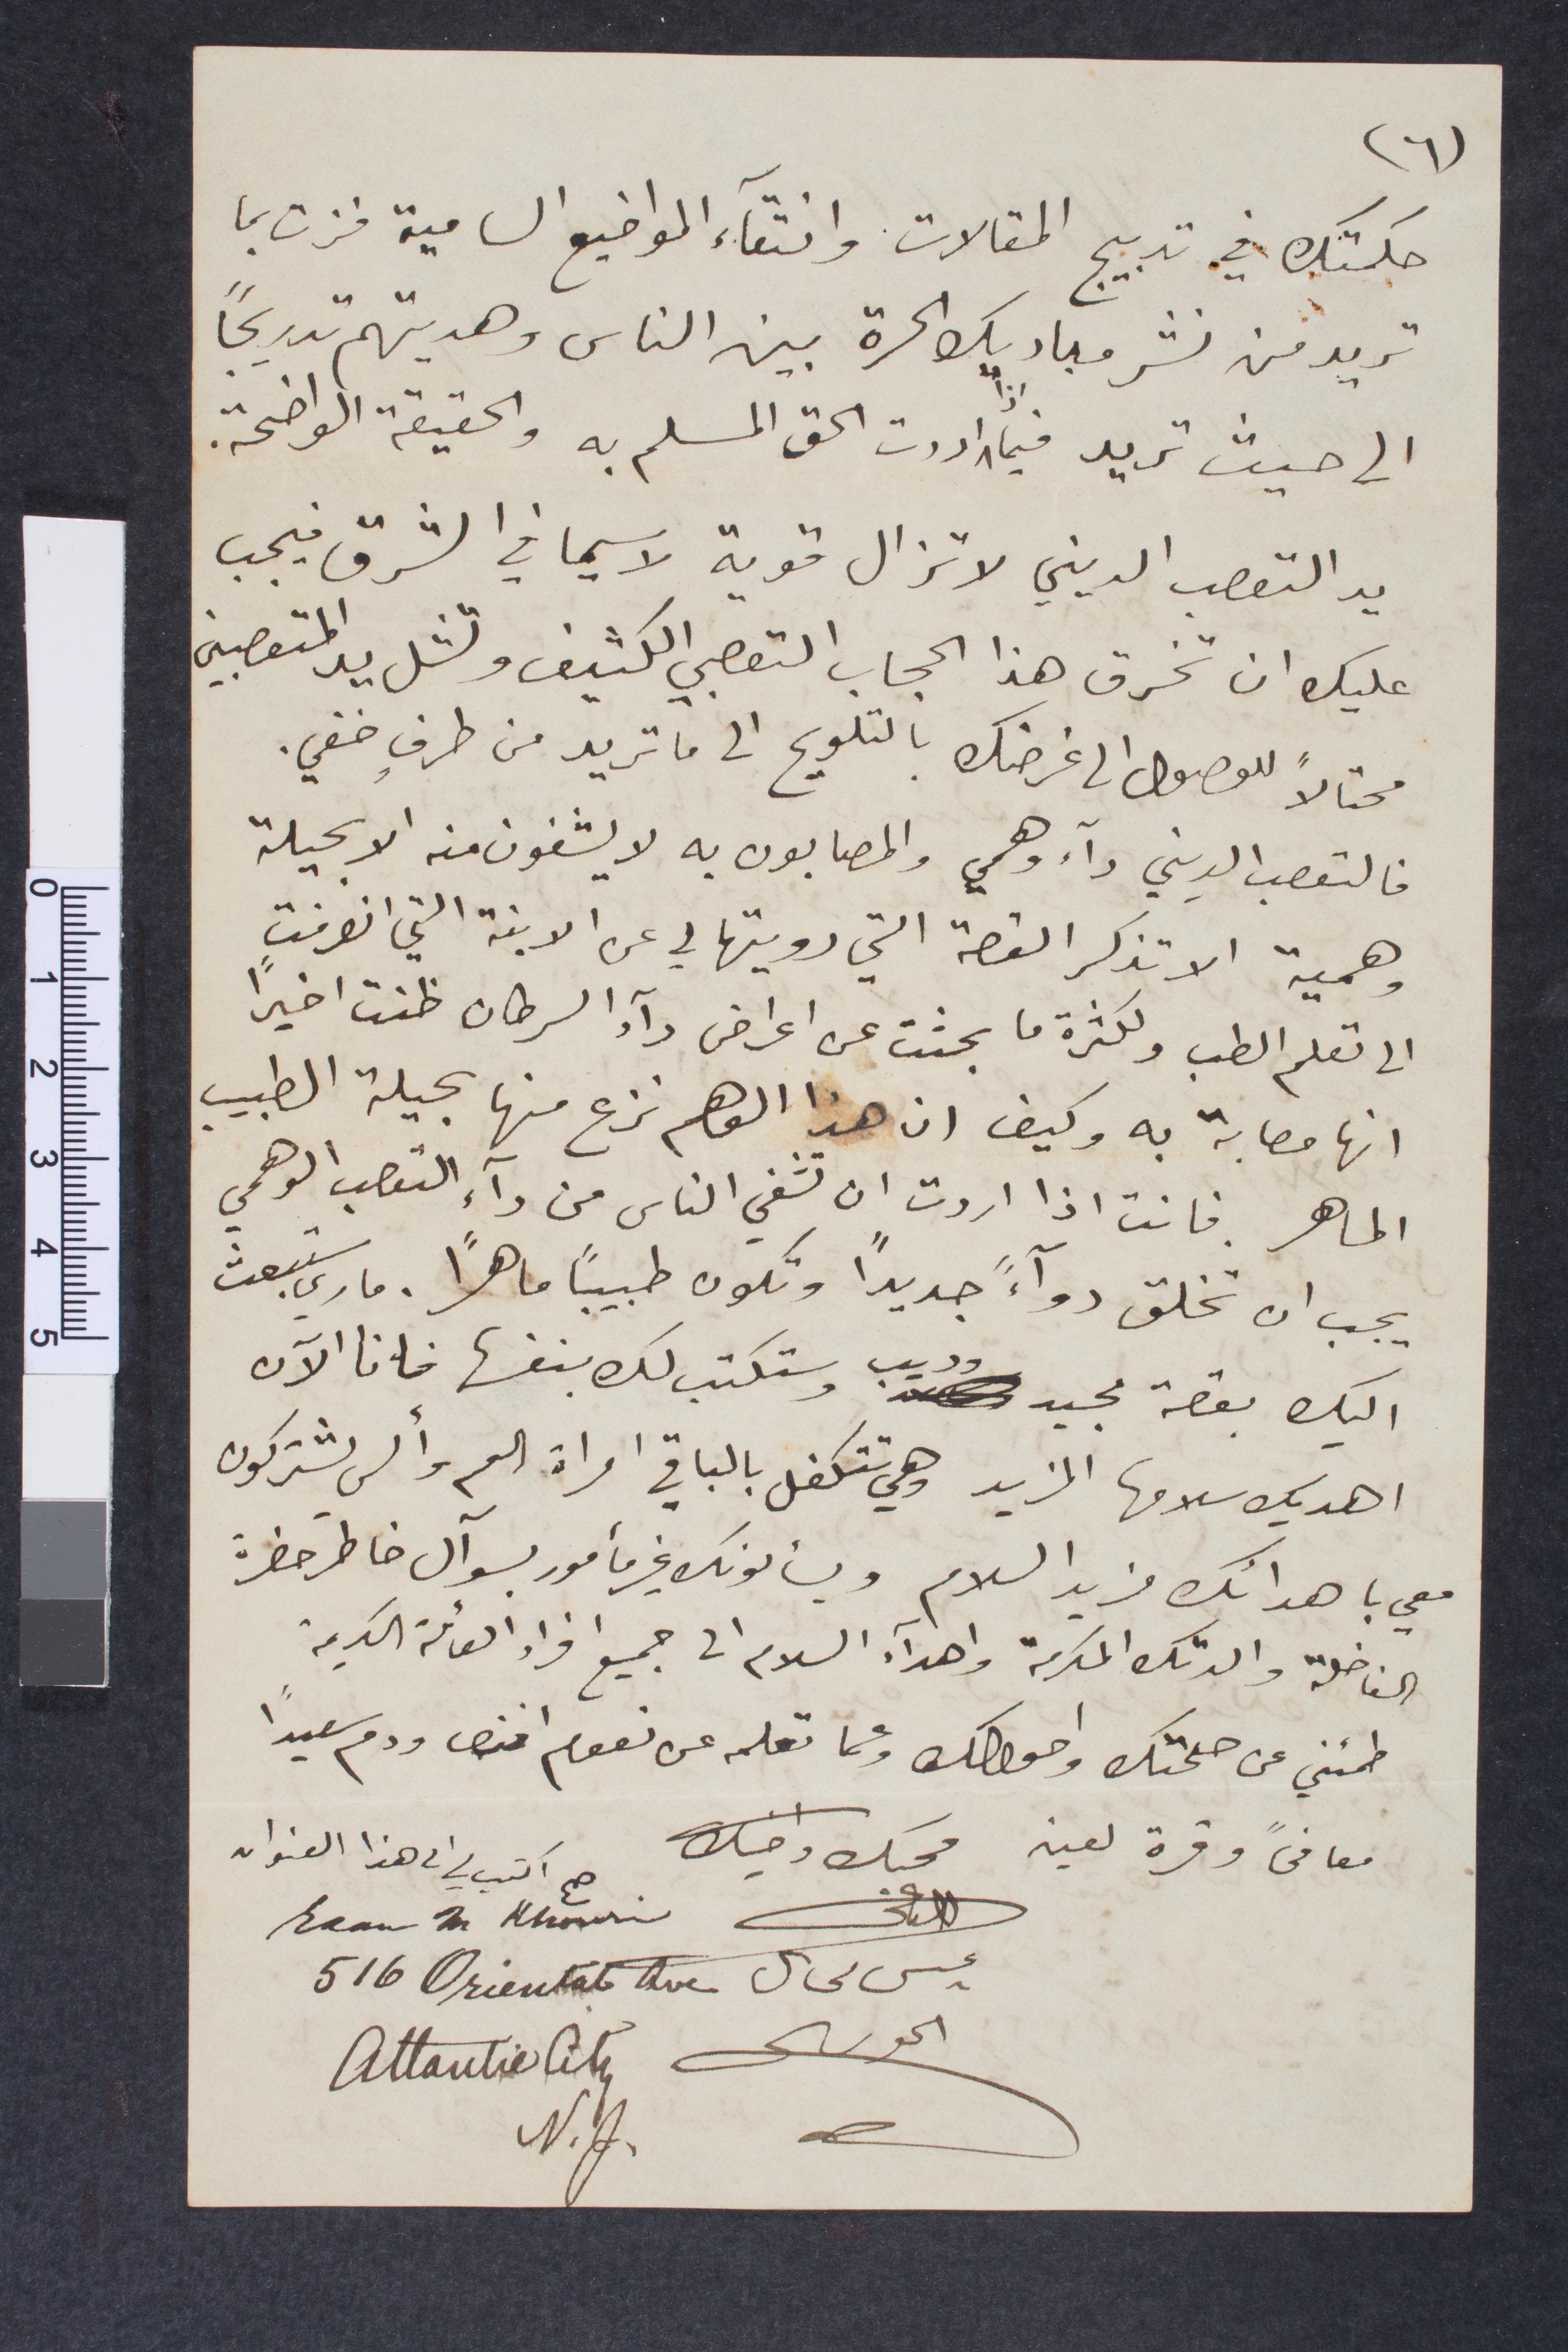
جكمتك في تدبيج المقالات وانقاء المواضيع السامية فزت بما
تريد من نشر مباديك الحرة بين الناس وهديتهم تدريجًا
الى حيث تريد فيما اردت الحق المسلم به والحقيقة الواضحة.
يد التعصب الديني لا تزال قوية لا سيما في الشرق فيجب
عليك أن تخرق هذا الحجاب التعصبي الكثيف وتشل يد المتعصبين
محتالًا للوصول الى غرضك بالتلويح الى ما تريد من طرف خفي.
فالتعصب الديني داء وهمي والمصابون به لا يشفون منه الا بحيلة
وهمية الا تذكر القصة التي رويتها لي عن الابنة التي انصرفت
الى تعلم الطب ولكثرة ما بحثت عن اعراض دآء السرطان ظنت أخيرًا
انها مصابة به كيف ان هذا الوهم نزع منها بحيلة الطبيب
الماهر. فانت اذا اردت أن تشفي الناس من دآء التعصب الوهمي
يجب ان تخلق دوآءً جديدًا وتكون طبيبًأ ماهرًا. ماري ستبعث
اليك بقصة مجيد وديب وستكتب لك بنفسها فانا الآن
اهديك سلامها المزيد وهي تتكفل بالباقي امرأة العم وألسي يشتركون
معي باهدائك فريد السلام ويسألونك غير مأمور بسوآل خاطر حضرة
الفاضلة والدتك المركمة واهدآء السلام الى جميع افراد العائلة الكريمة
طمنني عن صحتك واحوالك وعما تعمله عن نعوم افندي ودم سعيدًأ
معافىً وقرة العين
محبك واخيك
صح اكتب على هذا العنوان
عيسى مخايل